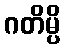
ဂတိမ္ပိ